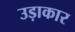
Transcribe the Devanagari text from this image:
उड़ाकार